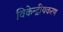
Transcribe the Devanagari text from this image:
विकेन्द्रीयकरण